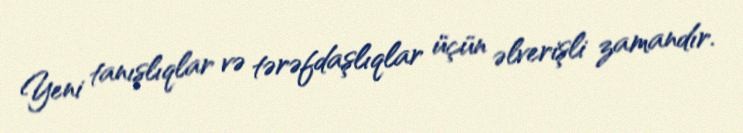
Yeni tanışlıqlar və tərəfdaşlıqlar üçün əlverişli zamandır.